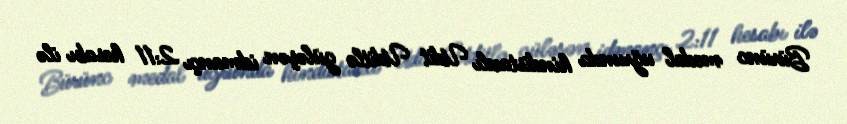
Bürünc medal uğrunda hindistanlı Udit Uditlə güləşən idmançı 2:11 hesabı ilə